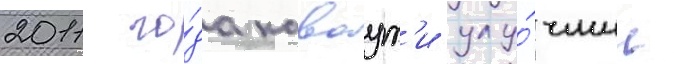
2011 го́да каваут'и улу́чшил